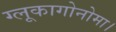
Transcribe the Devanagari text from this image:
ग्लूकागोनोमा।